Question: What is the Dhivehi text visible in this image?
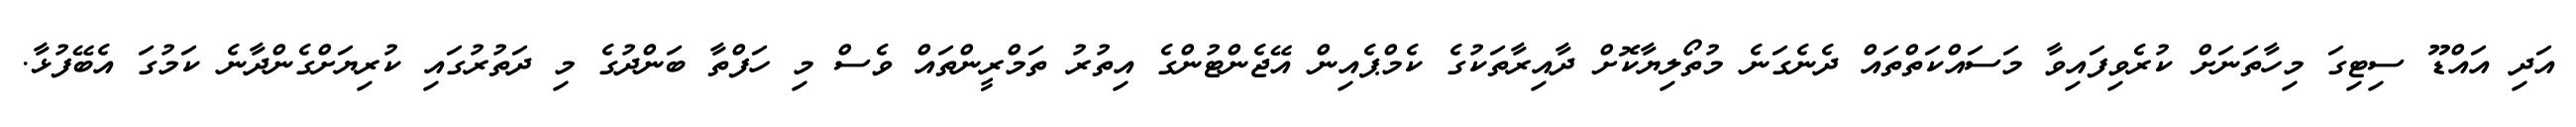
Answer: އަދި އައްޑޫ ސިޓިގަ މިހާތަނަށް ކުރެވިފައިވާ މަސައްކަތްތައް ދެނެގަނެ މުތޯލިޔާކޮށް ދާއިރާތަކުގެ ކެމްޕެއިން އޭޖެންޓުންގެ އިތުރު ތަމްރީންތައް ވެސް މި ހަފްތާ ބަންދުގެ މި ދަތުރުގައި ކުރިޔަށްގެންދާނެ ކަމުގަ އެބޭފުޅާ.